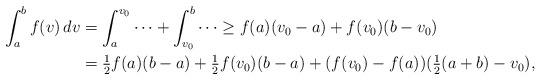
LaTeX: \begin{align*}\int_a^b f(v) \, dv &=\int_a^{v_0 }\cdots + \int_{v_0 }^b\cdots\ge f(a)(v_0- a) + f (v_0) (b-v_0)\\& =\mbox{$ \frac12 $} f(a)(b- a) +\mbox{$ \frac12 $} f(v_0)(b- a) + (f(v_0)- f(a)) (\mbox{$ \frac12 $} (a+b) - v_0), \end{align*}